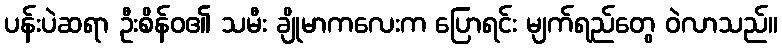
ပန်းပဲဆရာ ဦးစိန်ဝ၏ သမီး ချိုမာကလေးက ပြောရင်း မျက်ရည်တွေ ဝဲလာသည်။